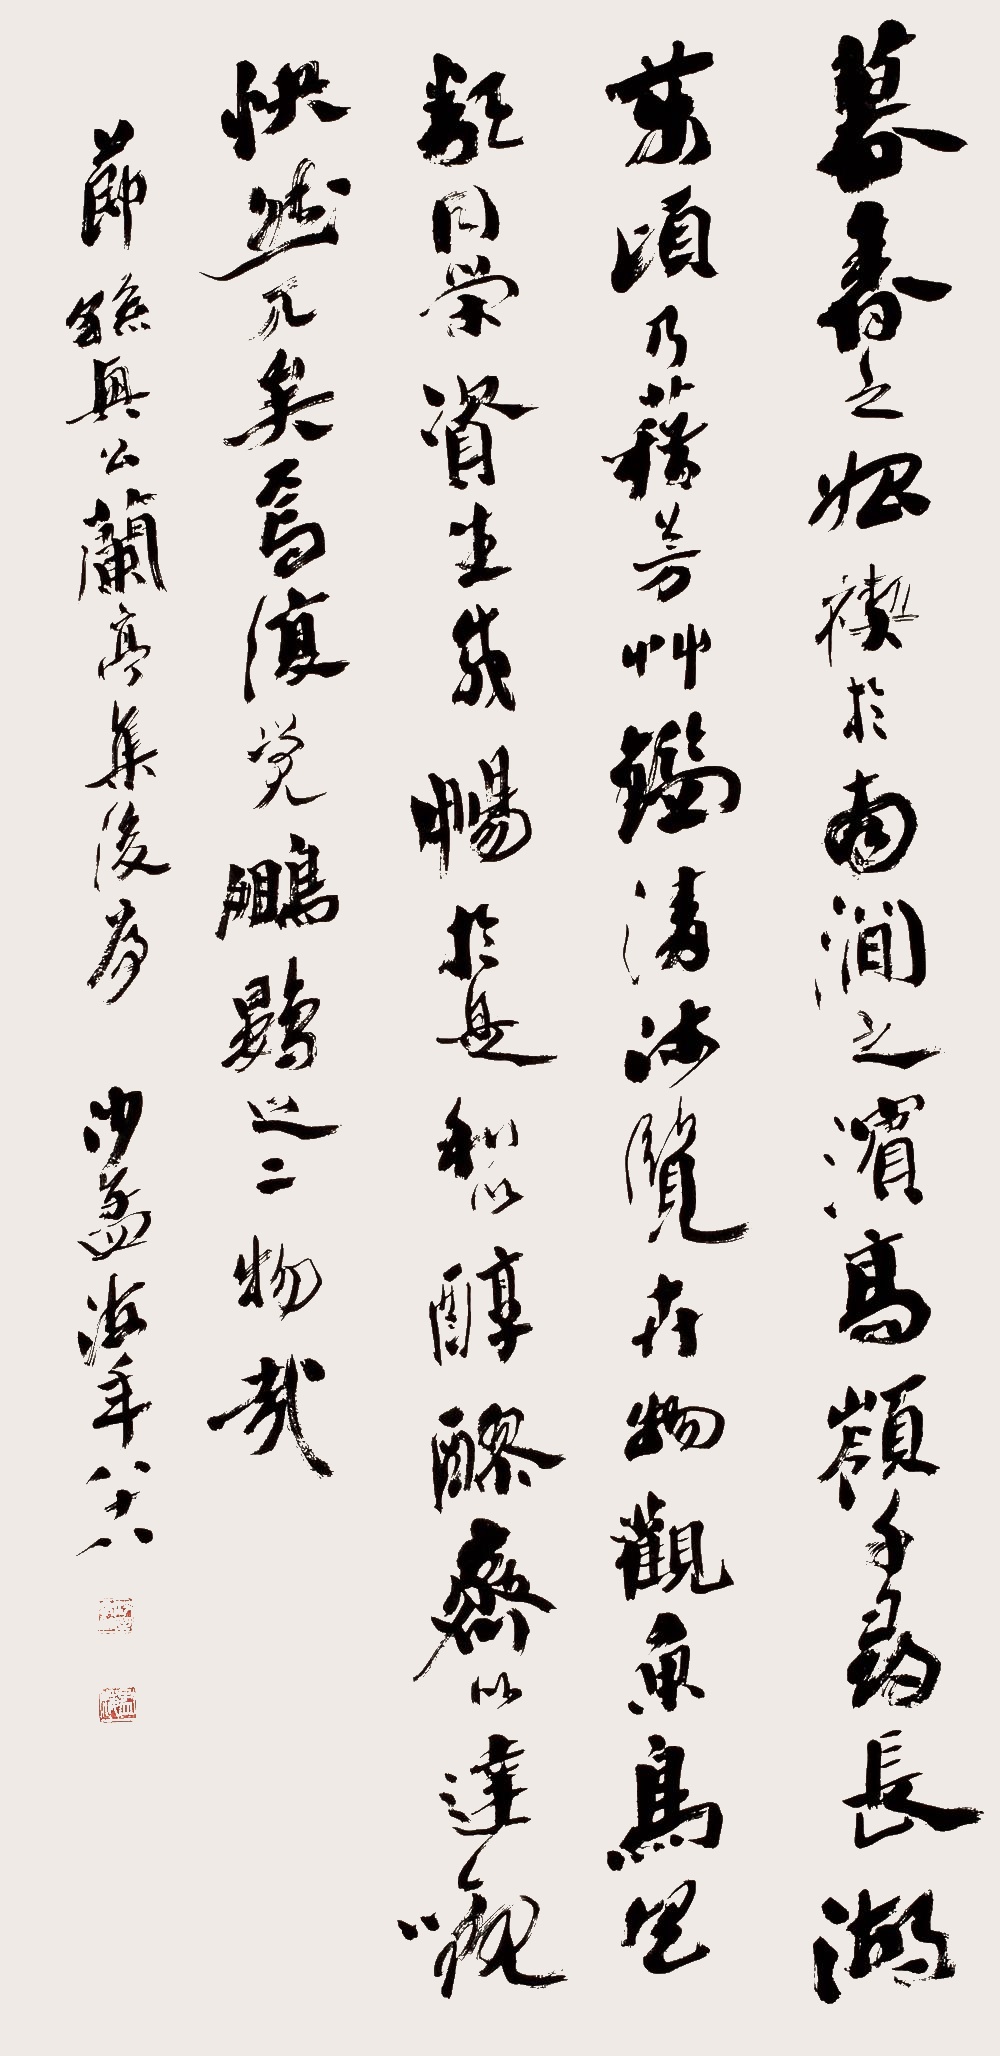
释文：暮春之始，禊于南涧之滨，高岭千寻，长湖万顷，乃籍芳草，清流，览卉物，观鱼鸟，具类同荣，资生咸畅。于是和以醇醪，齐以达观，快然兀矣焉。复觉鹏之二物哉。节孙兴公《兰亭集后序》。沙孟海年八十八。